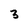
Character: 3